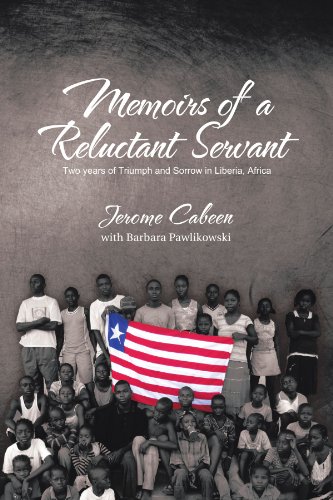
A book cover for Memoirs Of A Reluctant Servant: Two Years Of Triumph And Sorrow In Liberia, Africa; Jerome Cabeen; Travel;